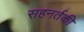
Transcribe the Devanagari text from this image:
सहनर्तकी